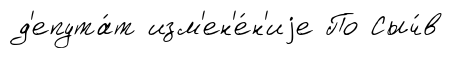
д'епута́т изм'ен'е́н'иjе По Сыч́в